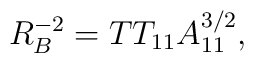
R_B^{-2} = T T_{11} A_{11}^{3/2},